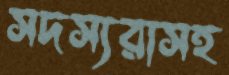
সদস্যরাসহ